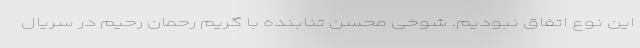
این نوع اتفاق نبودیم. شوخی محسن تنابنده با گریم رحمان رحیم در سریال